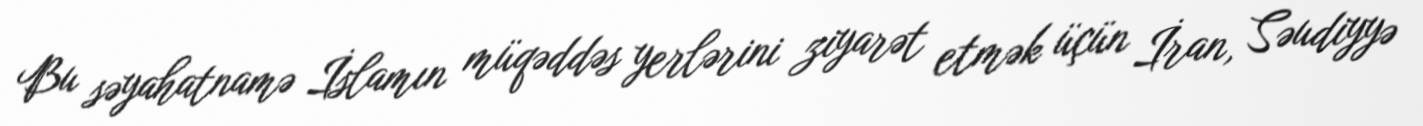
Bu səyahatnamə İslamın müqəddəs yerlərini ziyarət etmək üçün İran, Səudiyyə